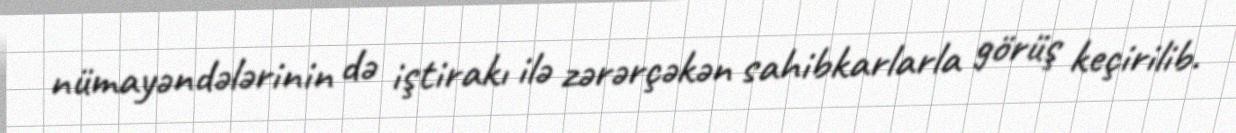
nümayəndələrinin də iştirakı ilə zərərçəkən sahibkarlarla görüş keçirilib.